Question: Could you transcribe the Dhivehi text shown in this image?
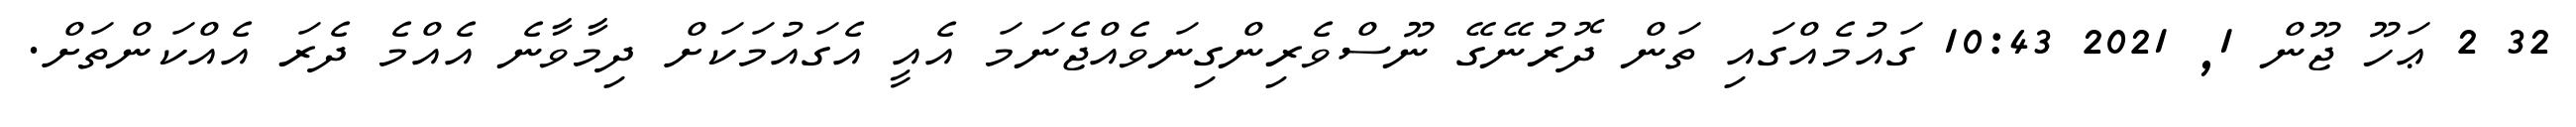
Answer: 32 2 ޢަހޫ ޖޫން 1, 2021 10:43 ގައުމެއްގައި ތަން ދޮރުނޭގޭ ނޫސްވެރިންގިނަވެއްޖެނަމަ އެއީ އެގައުމަކަށް ދިމާވާނެ އެއްމެ ދެރަ އެއްކަންތަށް.